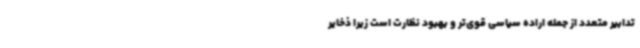
تدابیر متعدد از جمله اراده سیاسی قوی‌تر و بهبود نظارت است زیرا ذخایر